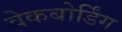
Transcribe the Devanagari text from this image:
वेकबोर्डिंग